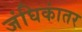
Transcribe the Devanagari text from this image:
जंघिकांतर